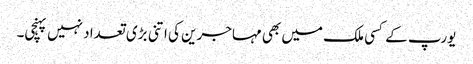
یورپ کے کسی ملک میں بھی مہاجرین کی اتنی بڑی تعداد نہیں پہنچی۔